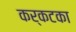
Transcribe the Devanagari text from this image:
कर्कटका